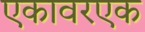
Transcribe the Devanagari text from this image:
एकावरएक